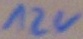
Text: 12V